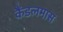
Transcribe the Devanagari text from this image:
कैंडलमास